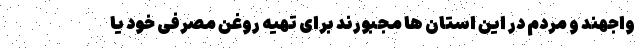
واجهند و مردم در این استان ها مجبورند برای تهیه روغن مصرفی خود یا